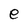
Character: e